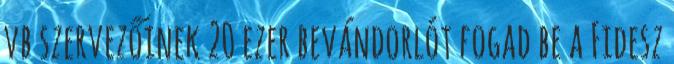
vb szervezőinek 20 ezer bevándorlót fogad be a Fidesz